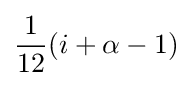
{\frac {1}{12}}(i+\alpha -1)